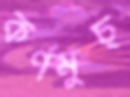
কর্ণমুচ্‌